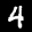
Label: 4